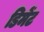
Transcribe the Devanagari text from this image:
डिमेंट